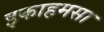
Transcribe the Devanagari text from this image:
इकाहमसा